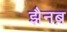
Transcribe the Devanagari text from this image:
झैनब़